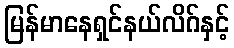
မြန်မာနေရှင်နယ်လိဂ်နှင့်